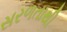
સરળતાથી